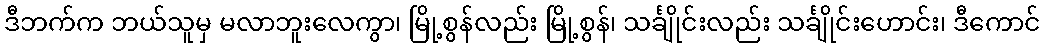
ဒီဘက်က ဘယ်သူမှ မလာဘူးလေကွာ၊ မြို့စွန်လည်း မြို့စွန်၊ သင်္ချိုင်းလည်း သင်္ချိုင်းဟောင်း၊ ဒီကောင်